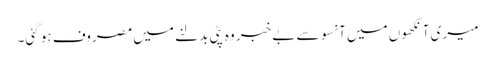
میری آنکھوں میں آنسو سے بے خبر وہ پٹی بدلنے میں مصروف ہو گئی۔